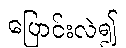
ပြောင်းလဲ၍